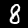
Label: 8